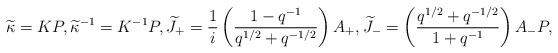
\begin{align*} \widetilde{\kappa}=KP,\widetilde{\kappa}^{-1}=K^{-1}P,\widetilde{J}_{+}=\frac{1}{i}\left(\frac{1-q^{-1}}{q^{1/2}+q^{-1/2}}\right)A_{+},\widetilde{J}_{-}=\left(\frac{q^{1/2}+q^{-1/2}}{1+q^{-1}}\right)A_{-}P,\end{align*}